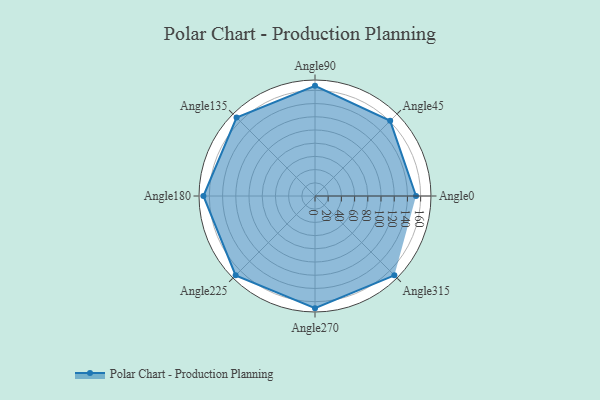
{"axis": {"x": "Angle", "y": "Radius"}, "legend": [""], "data": [{"x": "Angle0", "y": 153.0, "type": ""}, {"x": "Angle45", "y": 161.0, "type": ""}, {"x": "Angle90", "y": 167.0, "type": ""}, {"x": "Angle135", "y": 168.0, "type": ""}, {"x": "Angle180", "y": 169.0, "type": ""}, {"x": "Angle225", "y": 170, "type": ""}, {"x": "Angle270", "y": 170, "type": ""}, {"x": "Angle315", "y": 170, "type": ""}]}